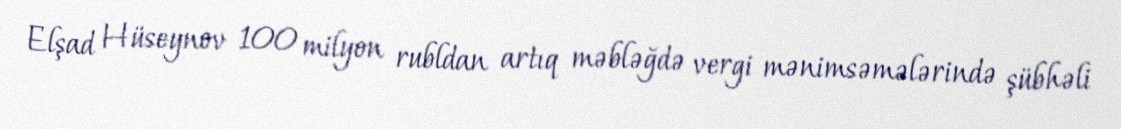
Elşad Hüseynov 100 milyon rubldan artıq məbləğdə vergi mənimsəmələrində şübhəli